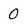
Character: 0